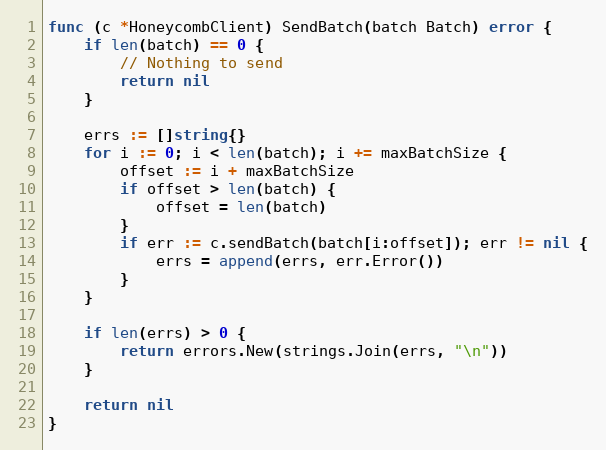
Language: Go
func (c *HoneycombClient) SendBatch(batch Batch) error {
	if len(batch) == 0 {
		// Nothing to send
		return nil
	}

	errs := []string{}
	for i := 0; i < len(batch); i += maxBatchSize {
		offset := i + maxBatchSize
		if offset > len(batch) {
			offset = len(batch)
		}
		if err := c.sendBatch(batch[i:offset]); err != nil {
			errs = append(errs, err.Error())
		}
	}

	if len(errs) > 0 {
		return errors.New(strings.Join(errs, "\n"))
	}

	return nil
}